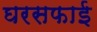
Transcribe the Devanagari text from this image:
घरसफाई